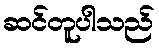
ဆင်တူပါသည်